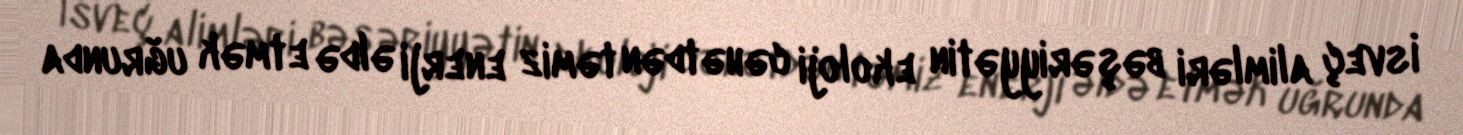
İsveç alimləri bəşəriyyətin ekoloji cəhətdən təmiz enerji əldə etmək uğrunda